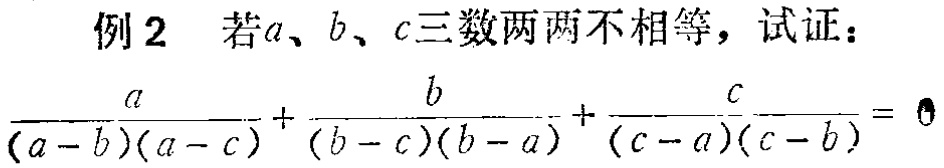
例2 若\(a\)、\(b\)、\(c\)三数两两不相等，试证：

\(\frac{a}{(a - b)(a - c)}+\frac{b}{(b - c)(b - a)}+\frac{c}{(c - a)(c - b)} = 0\)